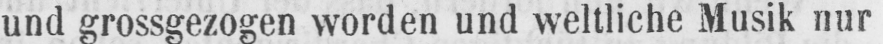
und grossgezogen worden und weltliche Musik nur